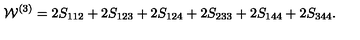
{ \cal W } ^ { ( 3 ) } = 2 S _ { 1 1 2 } + 2 S _ { 1 2 3 } + 2 S _ { 1 2 4 } + 2 S _ { 2 3 3 } + 2 S _ { 1 4 4 } + 2 S _ { 3 4 4 } .